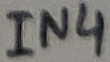
Text: IN4